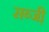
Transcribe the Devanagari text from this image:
सब्जी़